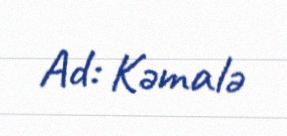
Ad: Kəmalə